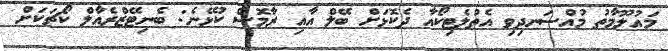
މައުލޫމާތު މުއްސަނދިވި އެތުލެޓިކޯއާ ދެކޮޅަށް ބޭލް އާއި ރާމޮސް ކުޅޭނެ: ބެނިޓޭޒްރެއާލް ކޯޗަކަށް